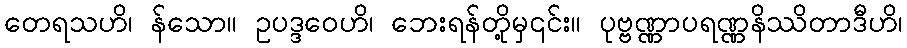
တေရသဟိ၊ န်သော။ ဥပဒ္ဒဝေဟိ၊ ဘေးရန်တို့မှ၎င်း။ ပုဗ္ဗဏ္ဏာပရဏ္ဏနိဿိတာဒီဟိ၊